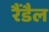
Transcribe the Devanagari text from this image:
रैंडैल